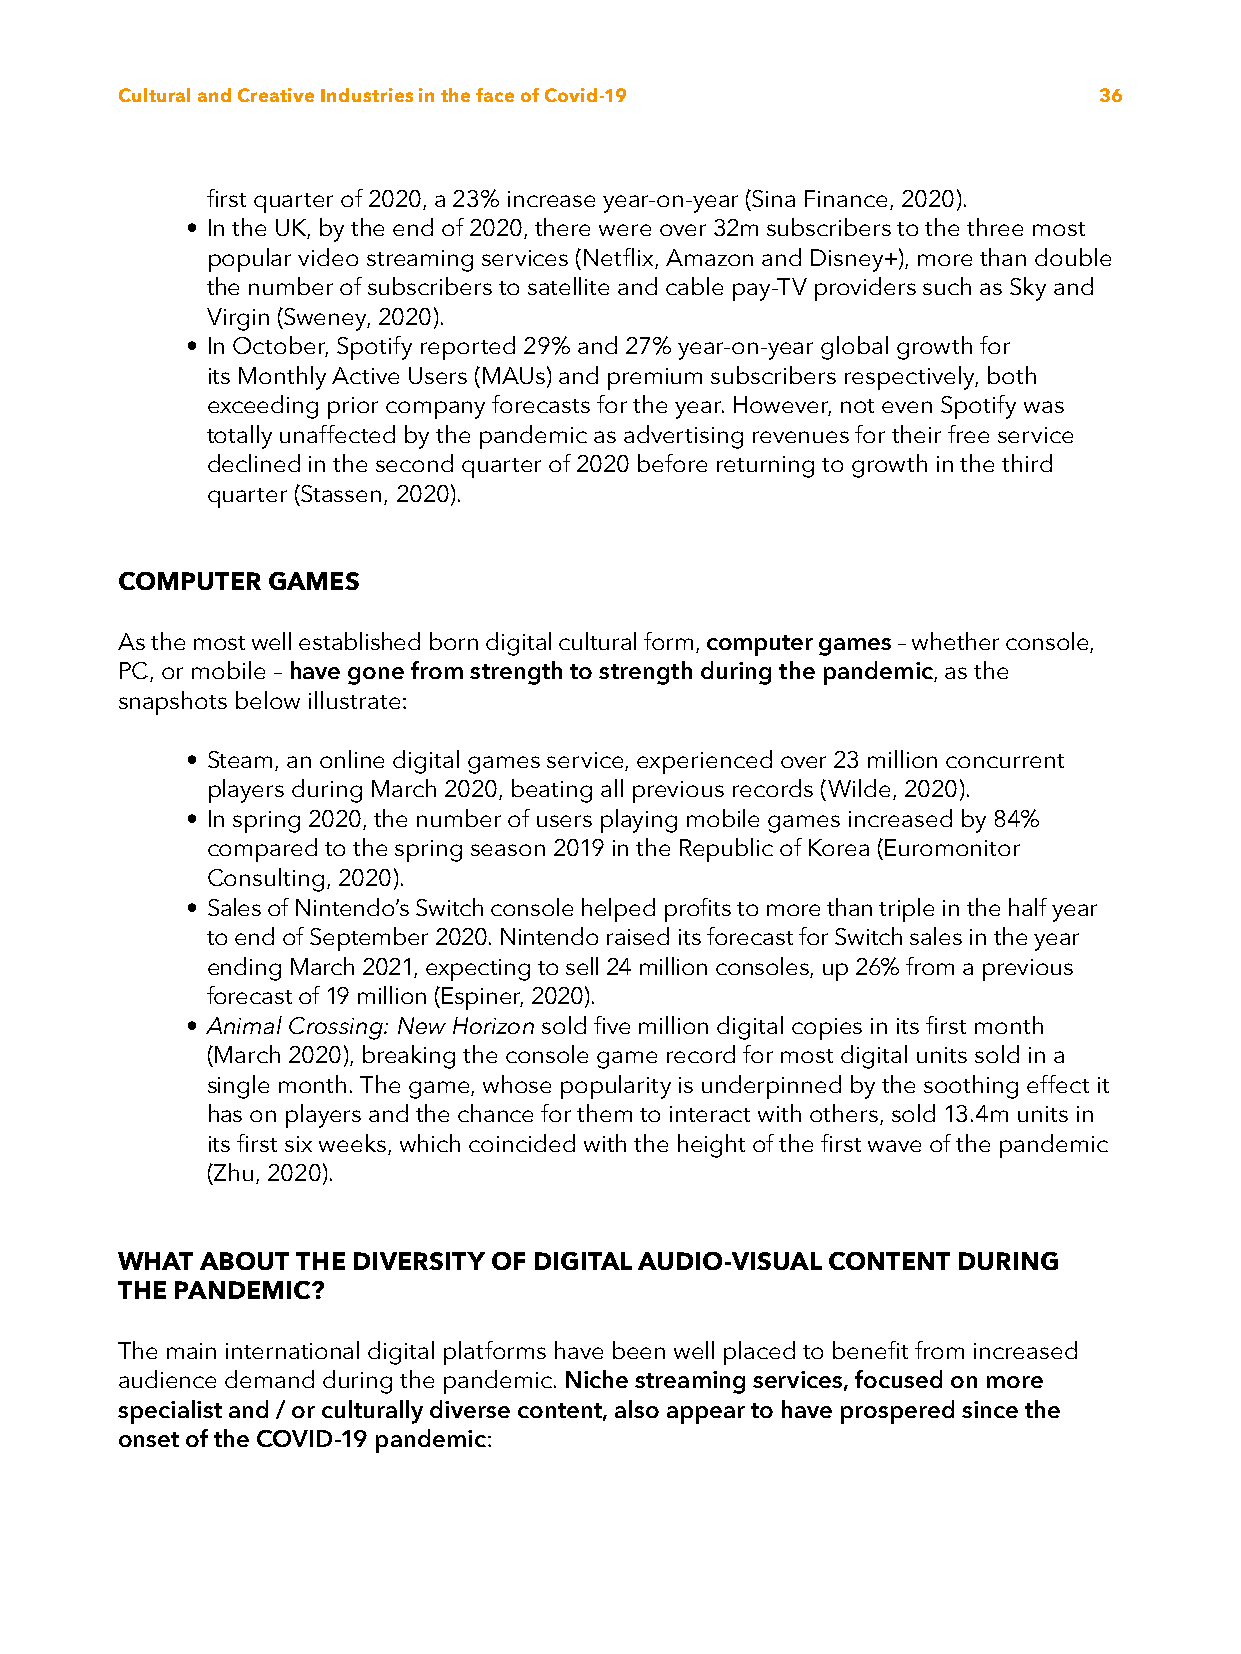
Cultural and Creative Industries in the face of Covid-19         36
 first quarter of 2020, a 23% increase year-on-year (Sina Finance, 2020).
 • In the UK, by the end of 2020, there were over 32m subscribers to the three most
 popular video streaming services (Netflix, Amazon and Disney+), more than double
 the number of subscribers to satellite and cable pay-TV providers such as Sky and
 Virgin (Sweney, 2020).
 • In October, Spotify reported 29% and 27% year-on-year global growth for
 its Monthly Active Users (MAUs) and premium subscribers respectively, both
 exceeding prior company forecasts for the year. However, not even Spotify was
 totally unaffected by the pandemic as advertising revenues for their free service
 declined in the second quarter of 2020 before returning to growth in the third
 quarter (Stassen, 2020).
 COMPUTER  GAMES
 As the most well established born digital cultural form, computer games – whether console,
 PC, or mobile – have gone from strength to strength during the pandemic, as the
 snapshots below illustrate:
 • Steam, an online digital games service, experienced over 23 million concurrent
 players during March 2020, beating all previous records (Wilde, 2020).
 • In spring 2020, the number of users playing mobile games increased by 84%
 compared to the spring season 2019 in the Republic of Korea (Euromonitor
 Consulting, 2020).
 • Sales of Nintendo’s Switch console helped profits to more than triple in the half year
 to end of September 2020. Nintendo raised its forecast for Switch sales in the year
 ending March 2021, expecting to sell 24 million consoles, up 26% from a previous
 forecast of 19 million (Espiner, 2020).
 • Animal Crossing: New Horizon sold five million digital copies in its first month
 (March 2020), breaking the console game record for most digital units sold in a
 single month. The game, whose popularity is underpinned by the soothing effect it
 has on players and the chance for them to interact with others, sold 13.4m units in
 its first six weeks, which coincided with the height of the first wave of the pandemic
 (Zhu, 2020).
 WHAT ABOUT  THE DIVERSITY OF DIGITAL AUDIO-VISUAL CONTENT DURING
 THE PANDEMIC?
 The main international digital platforms have been well placed to benefit from increased
 audience demand during the pandemic. Niche streaming services, focused on more
 specialist and / or culturally diverse content, also appear to have prospered since the
 onset of the COVID-19 pandemic: